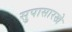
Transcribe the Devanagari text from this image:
सुपासारखे